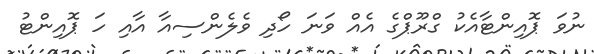
ނުވަ ޕޮއިންޓާއެކު ގްރޫޕްގެ އެއް ވަނަ ހޯދި ވެލެންސިއާ އާއި ހަ ޕޮއިންޓު